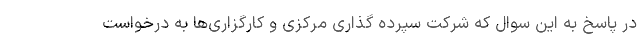
در پاسخ به این سوال که شرکت سپرده گذاری مرکزی و کارگزاری‌ها به درخواست